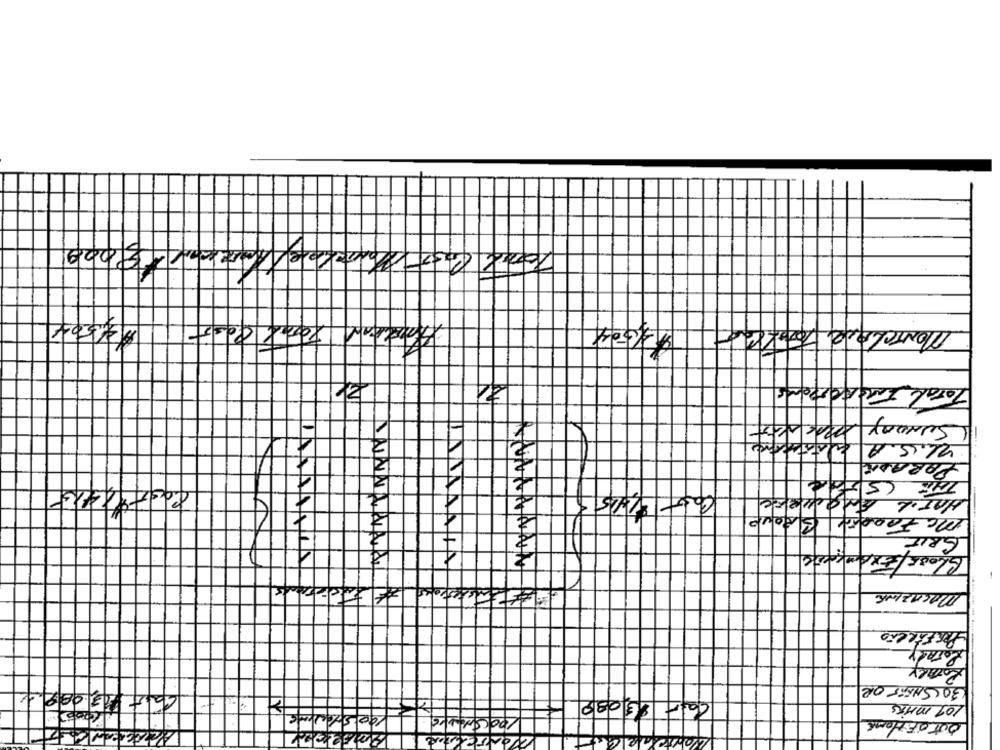
$4,504
$3004
MONTCLAIR
To
-
Surony per 100
UL.S.A quiet
2
PARADIC
1
Cost91416-
4
4
Enquiere
HATIL
4
Ma Fradia Grave
GRIE
7
GLOBE/EXAMKene
MACAZIK
PERFAREÃO
ROTARY
30 SMART OR
1.0€
Car 49089
101 MARS
OUT OFHome